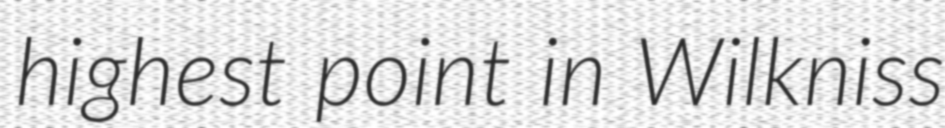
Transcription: highest point in Wilkniss